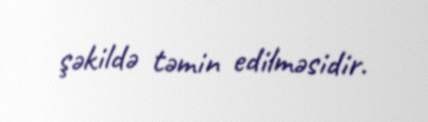
şəkildə təmin edilməsidir.